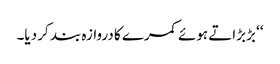
‘‘ بڑبڑاتے ہوئے کمرے کا دروازہ بند کر دیا۔